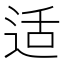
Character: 适